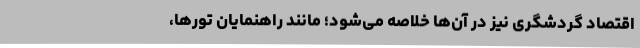
اقتصاد گردشگری نیز در آن‌ها خلاصه می‌شود؛ مانند راهنمایان تورها،